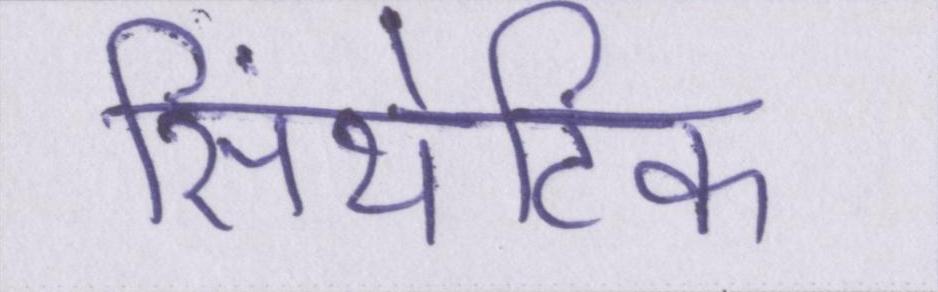
सिंथेटिक